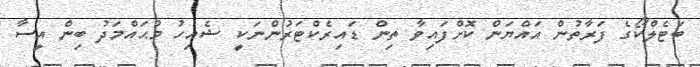
ބަޓެލްކޯގެ ފަރާތުން އައްޔަން ކޮށްފައިވާ ތިން ޑައިރެކްޓަރުންނަކީ ޝެއިހު މުޙައްމަދު ބިން އީސާ